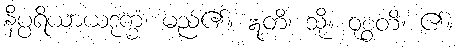
နိပ္ပရိယာယဒုက္ခံ၊ မည်၏။ ဣတိ၊ သို့။ ဝုစ္စတိ၊ ၏။